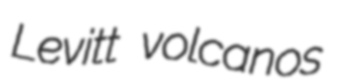
Levitt volcanos